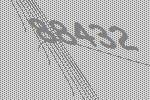
88432